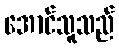
အောင်သူသည်